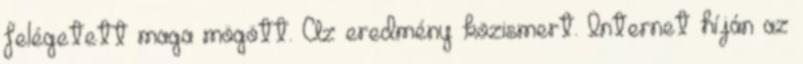
felégetett maga mögött. Az eredmény közismert. Internet híján az